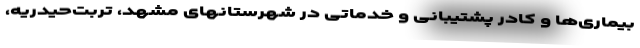
بیماری‌ها و کادر پشتیبانی و خدماتی در شهرستانهای مشهد، تربت‌حیدریه،